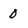
Character: 0